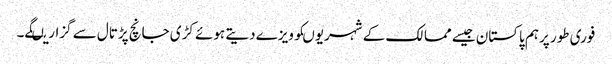
فوری طور پرہم پاکستان جیسے ممالک کے شہریوںکوویزے دیتے ہوئے کڑی جانچ پڑتال سے گزاریںگے۔